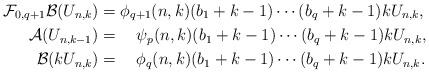
LaTeX: \begin{align*}\mathcal F_{0,q+1}\mathcal B(U_{n,k})&=\phi_{q+1}(n,k)(b_1+k-1)\dotsm(b_q+k-1)kU_{n,k},\\\mathcal A(U_{n,k-1})&=\quad\psi_p(n,k)(b_1+k-1)\dotsm(b_q+k-1)kU_{n,k},\\\mathcal B(kU_{n,k})&=\quad\phi_{q}(n,k)(b_1+k-1)\dotsm(b_q+k-1)kU_{n,k}.\end{align*}